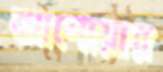
আশোয়ার